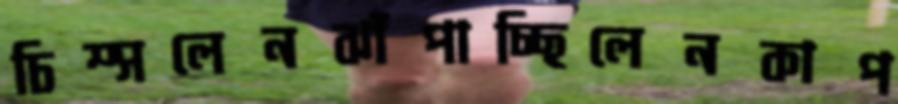
চিম্‌সলেনঝাঁপাচ্ছিলেনকাপ